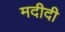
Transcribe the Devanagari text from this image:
मदीदी